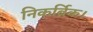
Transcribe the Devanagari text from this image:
निकर्ब्रिक।